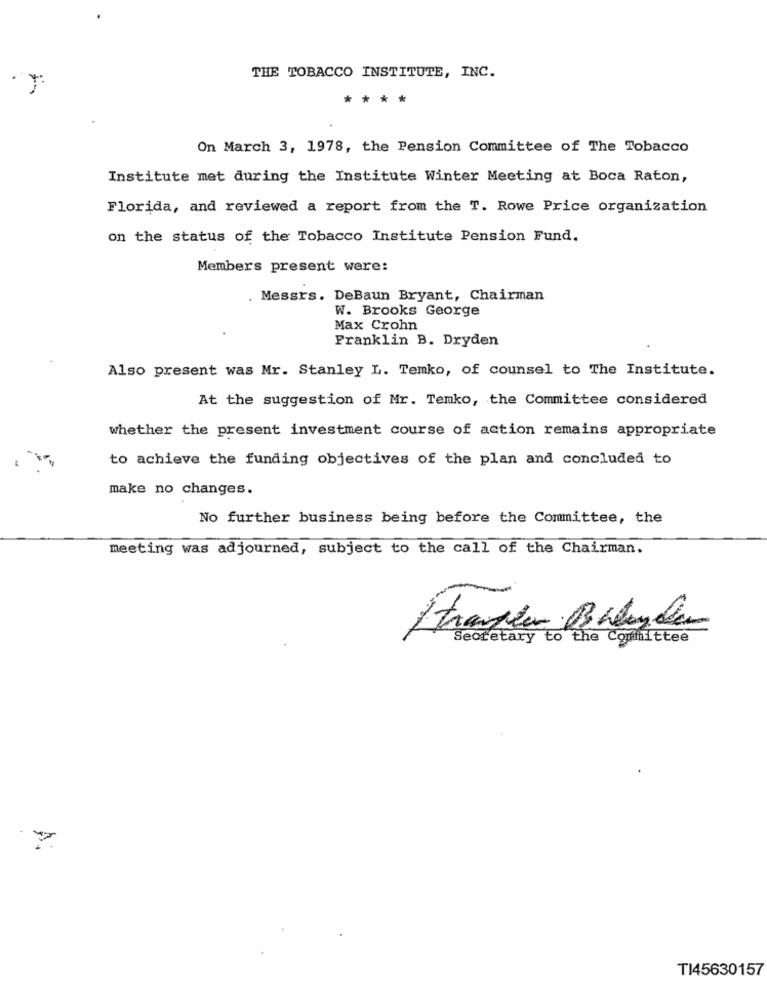
THE TOBACCO INSTITUTE, INC.
***
On March 3, 1978, the Pension Committee of The Tobacco
Institute met during the Institute Winter Meeting at Boca Raton,
Florida, and reviewed a report from the T. Rowe Price organization
on the status of the Tobacco Institute Pension Fund.
Members present were:
. Messrs. DeBaun Bryant, Chairman
W. Brooks George
Max Crohn
Franklin B. Dryden
Also present was Mr. Stanley L. Temko, of counsel to The Institute.
At the suggestion of Mr. Temko, the Committee considered
whether the present investment course of action remains appropriate
to achieve the funding objectives of the plan and concluded to
make no changes.
No further business being before the Committee, the
meeting was adjourned, subject to the call of the Chairman.
Stranden Bhlyder
Secretary to the Committee
TI45630157